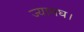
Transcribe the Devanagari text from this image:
ज्यामघ।